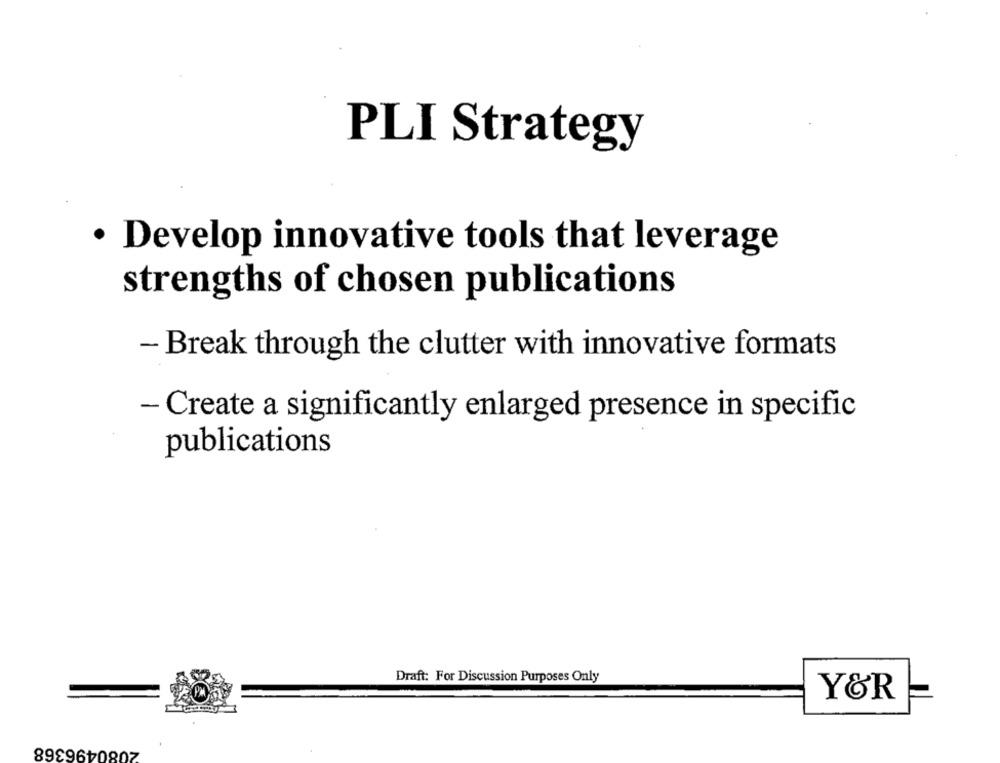
PLI Strategy
· Develop innovative tools that leverage
strengths of chosen publications
- Break through the clutter with innovative formats
- Create a significantly enlarged presence in specific
publications
Draft: For Discussion Purposes Only
Y&R
2080496368